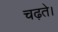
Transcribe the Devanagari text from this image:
चढ़ते।